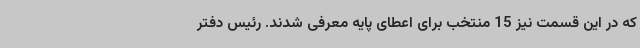
که در این قسمت نیز 15 منتخب برای اعطای پایه معرفی شدند. رئیس دفتر